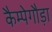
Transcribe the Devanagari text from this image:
कैम्पेगौड़ा